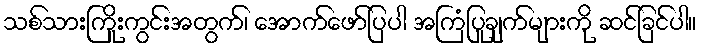
သစ်သားကြိုးကွင်းအတွက်၊ အောက်ဖော်ပြပါ အကြံပြုချက်များကို ဆင်ခြင်ပါ။